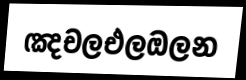
ඤචලඑලඔලන